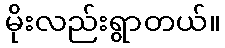
မိုးလည်းရွာတယ်။